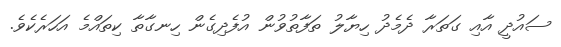
ސައުދީ އާއި ގަތަރާ ދެމެދު ހިޔާލު ތަފާތުވުން އުފެދިގެން ހިނގާތާ ކިތައްމެ އަހަރެކެވެ.